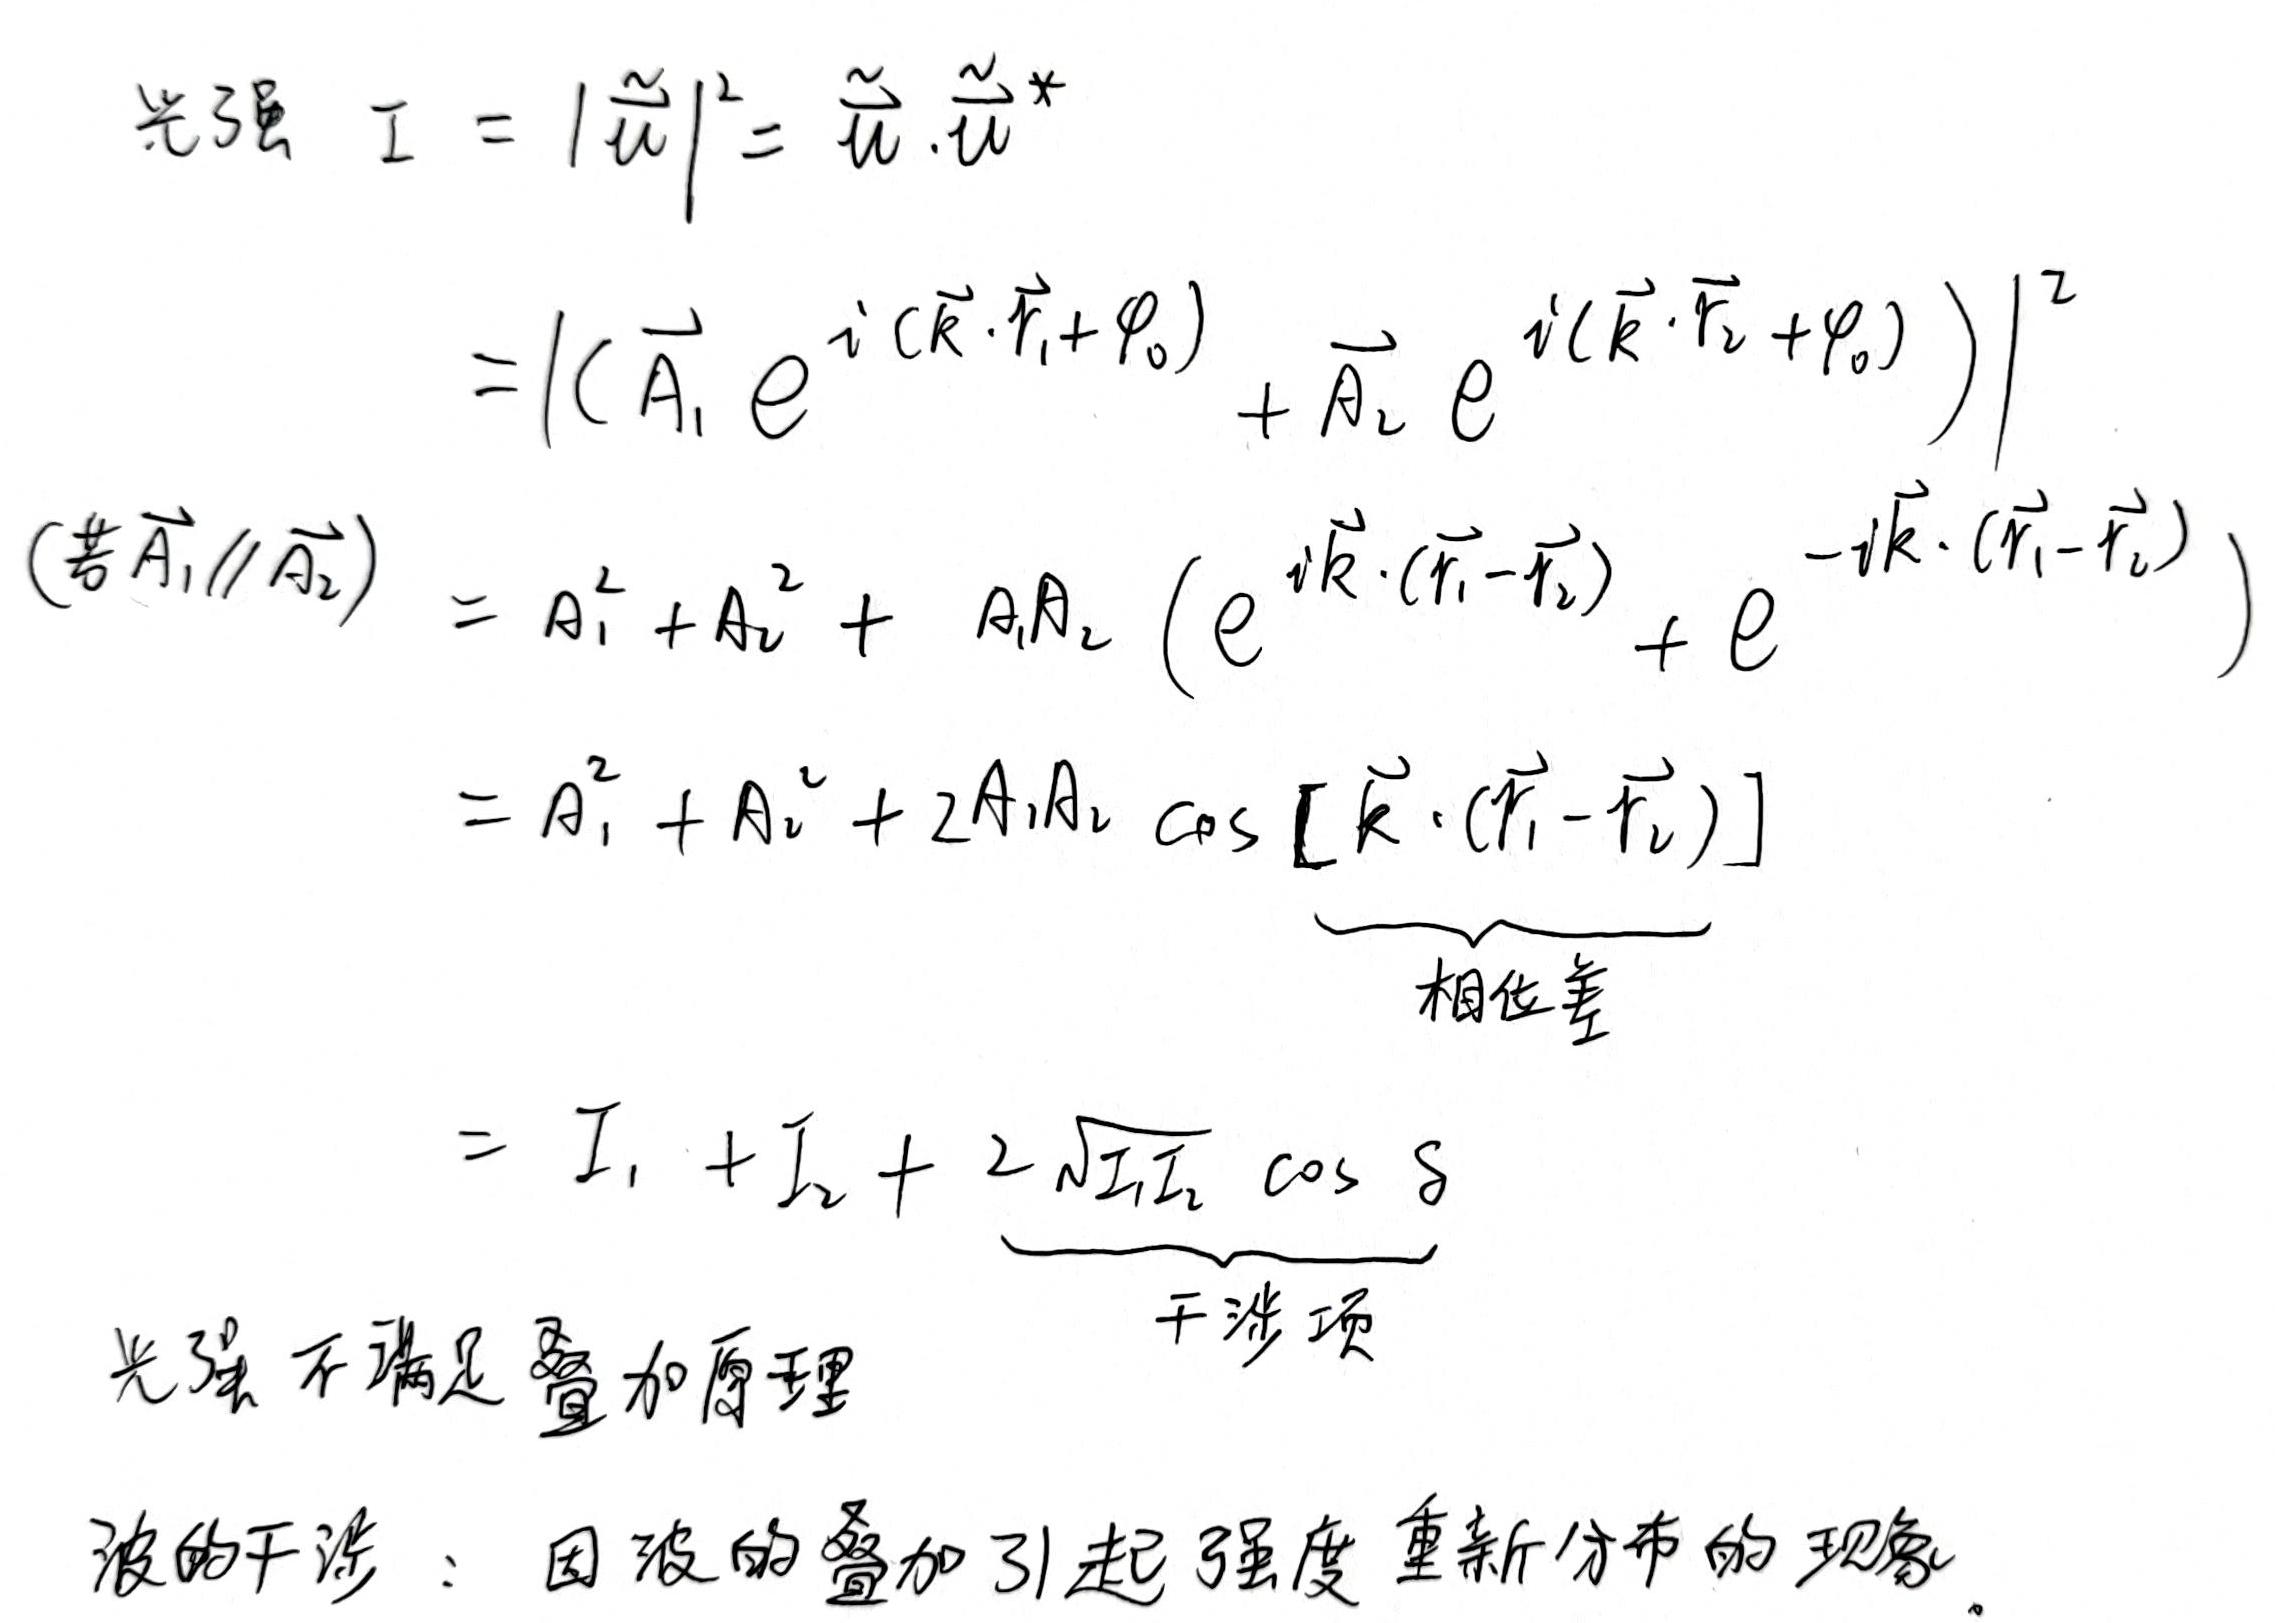
光强 \(I = |\tilde{u}|^2 = \tilde{u} \cdot \tilde{u}^*\)
\[
\begin{align*}
&= |(\vec{A}_1 e^{i(\vec{k} \cdot \vec{r}_1 + \varphi_0)} + \vec{A}_2 e^{i(\vec{k} \cdot \vec{r}_2 + \varphi_0)})|^2 \\
(\text{若}\vec{A}_1 \parallel \vec{A}_2) &= A_1^2 + A_2^2 + A_1 A_2 (e^{i\vec{k} \cdot (\vec{r}_1 - \vec{r}_2)} + e^{-i\vec{k} \cdot (\vec{r}_1 - \vec{r}_2)}) \\
&= A_1^2 + A_2^2 + 2A_1 A_2 \cos [\vec{k} \cdot (\vec{r}_1 - \vec{r}_2)] \\
&\quad\quad\quad\quad\quad\quad\underbrace{}_{相位差}\\
&= I_1 + I_2 + 2\sqrt{I_1 I_2} \cos \delta \\
&\quad\quad\quad\quad\quad\quad\underbrace{}_{干涉项}
\end{align*}
\]
光强不满足叠加原理

波的干涉：因波的叠加引起强度重新分布的现象。